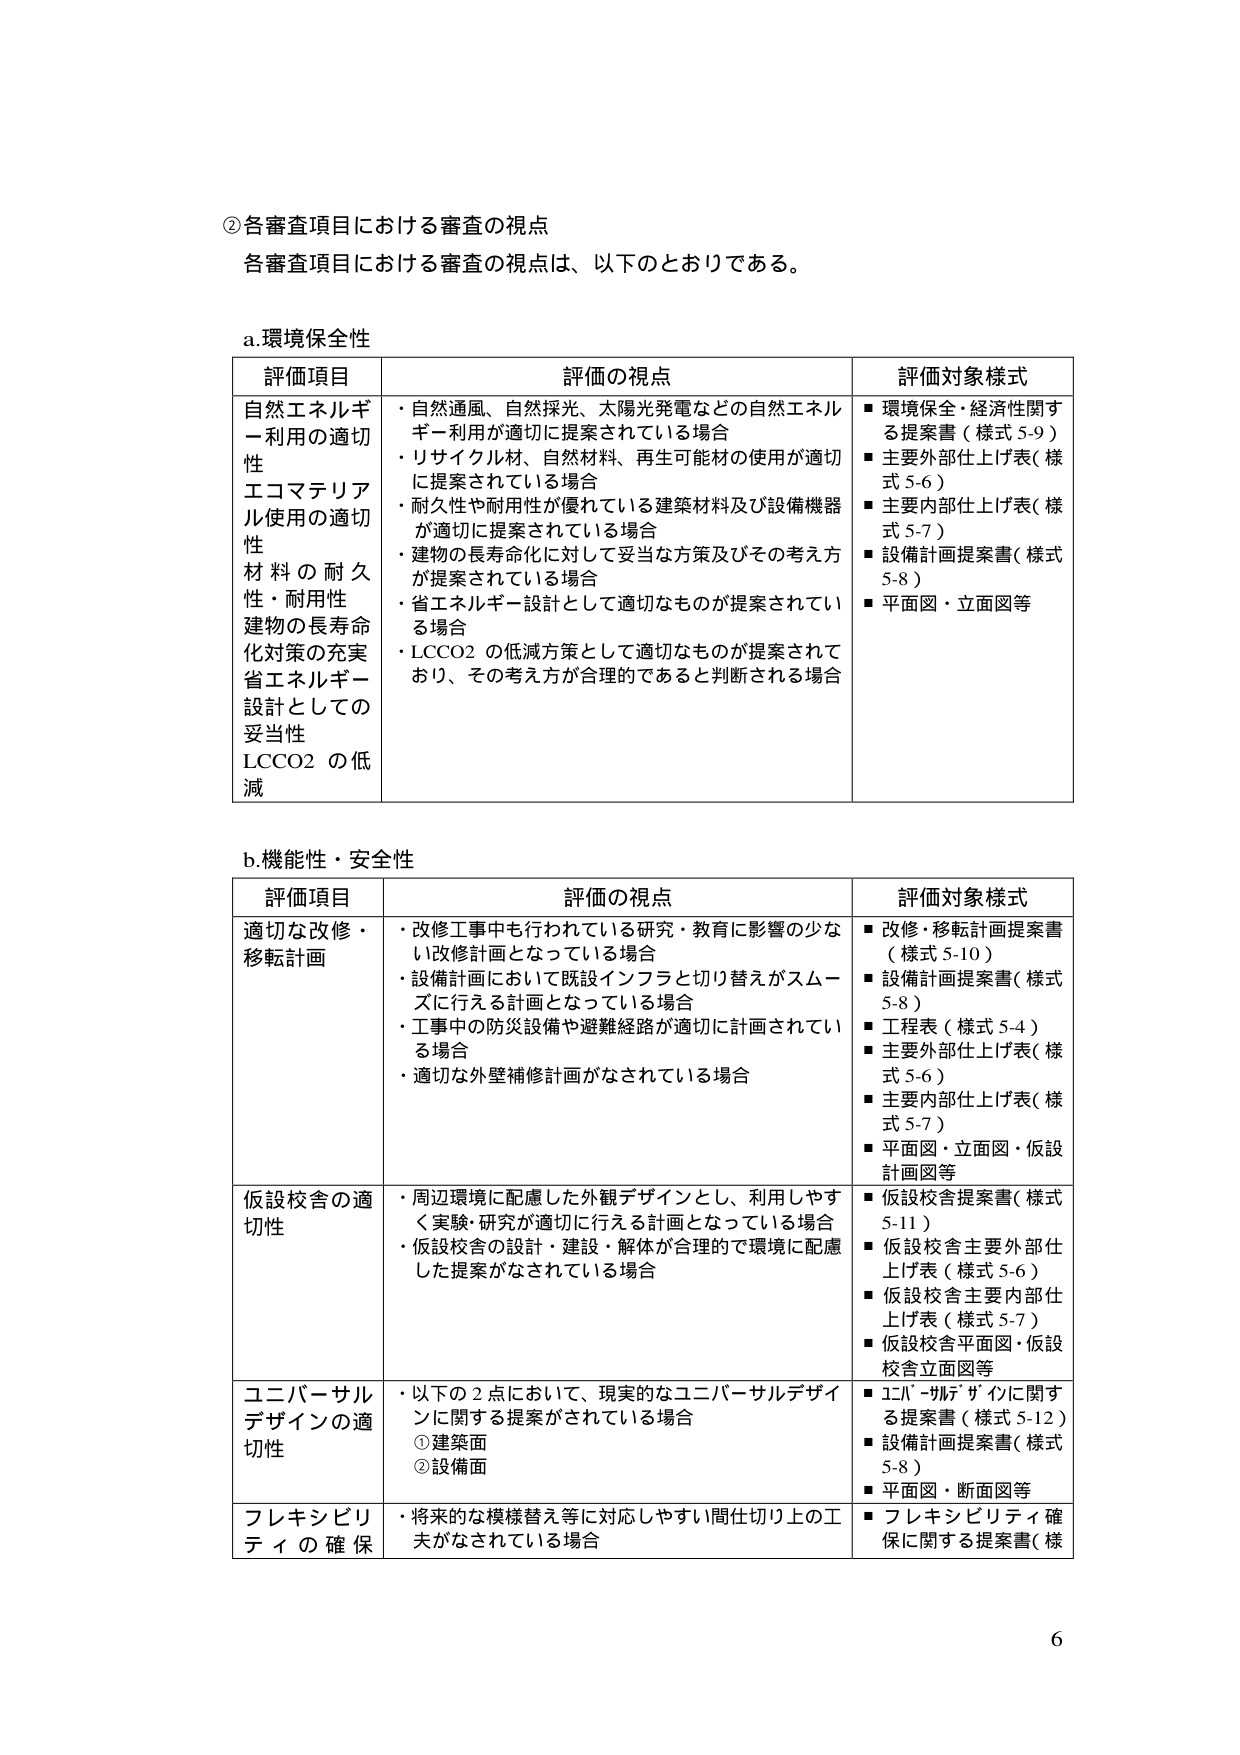
②各審査項目における審査の視点
各審査項目における審査の視点は、以下のとおりである。

a.環境保全性

評価項目　　　　　　　　　　　　　　　　　評価の視点　　　　　　　　　　　　　　　　　評価対象様式
自然エネルギー利用の適切性　　　　　・自然通風、自然採光、太陽光発電などの自然エネルギー利用が適切に提案されている場合
エコマテリアル使用の適切性　　　　・リサイクル材、自然材料、再生可能材の使用が適切に提案されている場合
材の耐久性・耐用性　　　　　　　　・耐久性や耐用性が優れている建築材料及び設備機器が適切に提案されている場合
建物の長寿命化対策の充実　　　　　・建物の長寿命化に対して妥当な方策及びその考え方が提案されている場合
省エネルギー設計としての妥当性　・省エネルギー設計として適切なものが提案されている場合
LCCO2 の低減　　　　　　　　　　　・LCCO2 の低減方策として適切なものが提案されており、その考え方が合理的であると判断される場合

■環境保全・経済性に関する提案書（様式 5-9）
■主要外部仕上げ表（様式 5-6）
■主要内部仕上げ表（様式 5-7）
■設備計画提案書（様式 5-8）
■平面図・立面図等

b.機能性・安全性

評価項目　　　　　　　　　　　　　　　　　評価の視点　　　　　　　　　　　　　　　　　評価対象様式
適切な改修・移転計画　　　　　　　　・改修工事中も行われている研究・教育に影響の少ない改修計画となっている場合
　　　　　　　　　　　　　　　　　　・設備計画において既設インフラと切り替えがスムーズに行える設計となっている場合
　　　　　　　　　　　　　　　　　　・工事中の防災設備や避難経路が適切に計画されている場合
　　　　　　　　　　　　　　　　　　・適切な外壁補修計画がなされている場合

■改修・移転計画提案書（様式 5-10）
■設備計画提案書（様式 5-8）
■工程表（様式 5-4）
■主要外部仕上げ表（様式 5-6）
■主要内部仕上げ表（様式 5-7）
■平面図・立面図・仮設計画図等

仮設校舎の適切性　　　　　　　　　　・周辺環境に配慮した外観デザインとし、利用しやすく実験・研究が適切に行える計画となっている場合
　　　　　　　　　　　　　　　　　　・仮設校舎の設計・建設・解体が合理的で環境に配慮した提案がなされている場合

■仮設校舎提案書（様式 5-11）
■仮設校舎主要外部仕上げ表（様式 5-6）
■仮設校舎主要内部仕上げ表（様式 5-7）
■仮設校舎平面図・仮設校舎立面図等

ユニバーサルデザインの適切性　　　・以下の2点において、現実的なユニバーサルデザインに関する提案がされている場合
　　　　　　　　　　　　　　　　　　①建築面
　　　　　　　　　　　　　　　　　　②設備面

■ユニバーサルデザインに関する提案書（様式 5-12）
■設備計画提案書（様式 5-8）
■平面図・断面図等

フレキシビリティの確保　　　　　　・将来的な模様替え等に対応しやすい間仕切り上の工夫がなされている場合

■フレキシビリティ確保に関する提案書（様式 5-13）

6